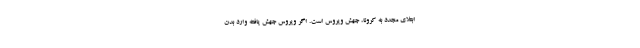
ابتلای مجدد به کرونا، جهش ویروس است. اگر ویروس جهش یافته وارد بدن